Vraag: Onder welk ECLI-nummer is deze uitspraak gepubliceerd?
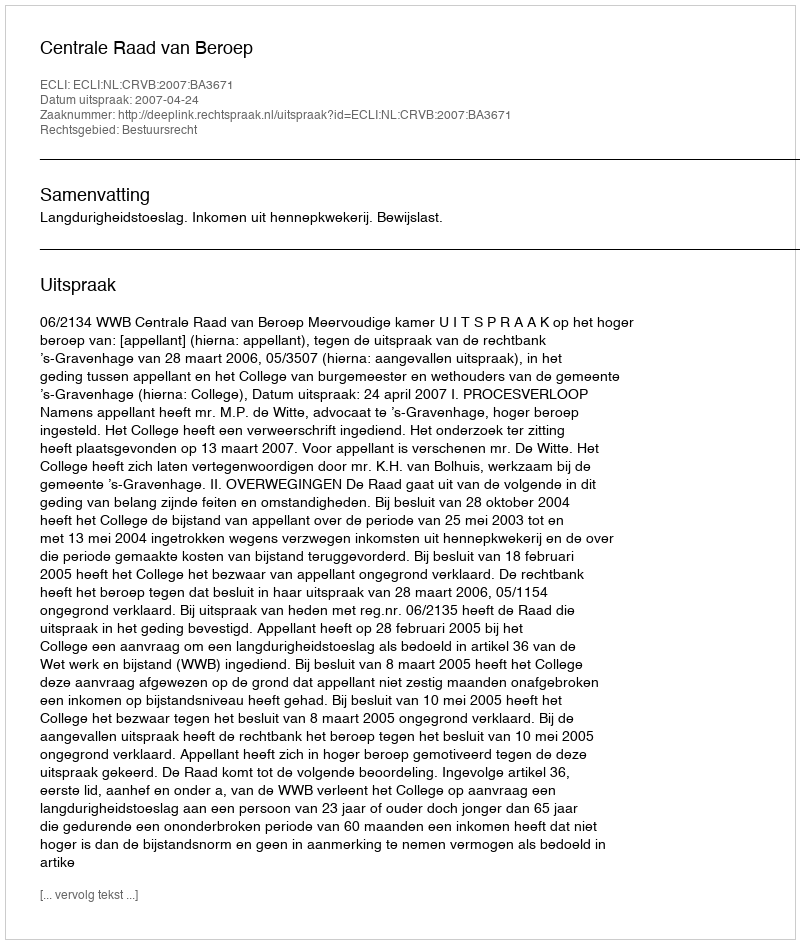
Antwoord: ECLI:NL:CRVB:2007:BA3671